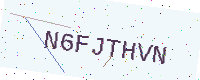
Text: N6FJTHVN